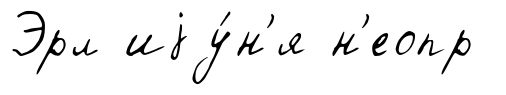
Эрл иjу́н'я н'еопр